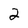
Character: 2